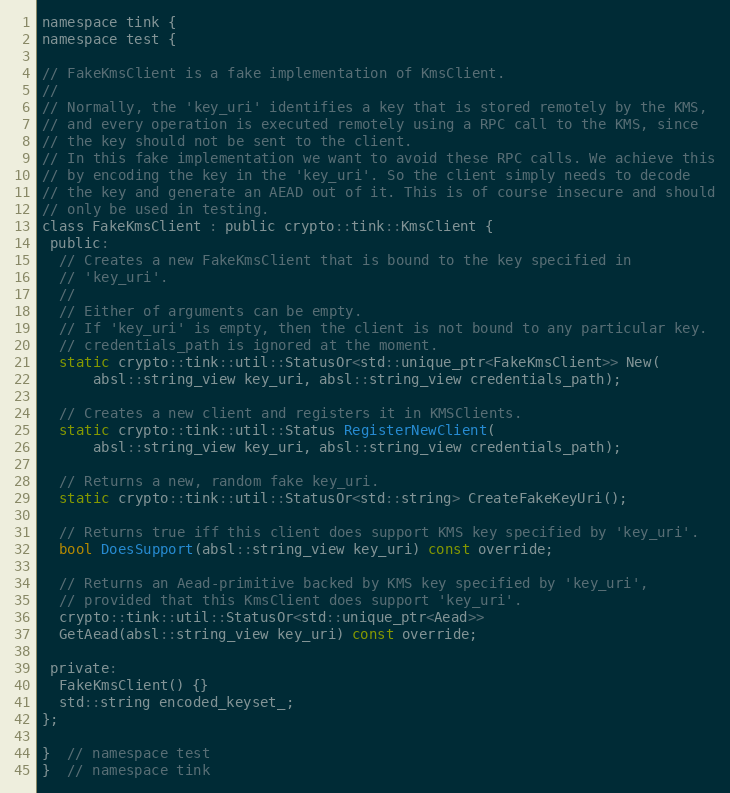
Language: C
namespace tink {
namespace test {

// FakeKmsClient is a fake implementation of KmsClient.
//
// Normally, the 'key_uri' identifies a key that is stored remotely by the KMS,
// and every operation is executed remotely using a RPC call to the KMS, since
// the key should not be sent to the client.
// In this fake implementation we want to avoid these RPC calls. We achieve this
// by encoding the key in the 'key_uri'. So the client simply needs to decode
// the key and generate an AEAD out of it. This is of course insecure and should
// only be used in testing.
class FakeKmsClient : public crypto::tink::KmsClient {
 public:
  // Creates a new FakeKmsClient that is bound to the key specified in
  // 'key_uri'.
  //
  // Either of arguments can be empty.
  // If 'key_uri' is empty, then the client is not bound to any particular key.
  // credentials_path is ignored at the moment.
  static crypto::tink::util::StatusOr<std::unique_ptr<FakeKmsClient>> New(
      absl::string_view key_uri, absl::string_view credentials_path);

  // Creates a new client and registers it in KMSClients.
  static crypto::tink::util::Status RegisterNewClient(
      absl::string_view key_uri, absl::string_view credentials_path);

  // Returns a new, random fake key_uri.
  static crypto::tink::util::StatusOr<std::string> CreateFakeKeyUri();

  // Returns true iff this client does support KMS key specified by 'key_uri'.
  bool DoesSupport(absl::string_view key_uri) const override;

  // Returns an Aead-primitive backed by KMS key specified by 'key_uri',
  // provided that this KmsClient does support 'key_uri'.
  crypto::tink::util::StatusOr<std::unique_ptr<Aead>>
  GetAead(absl::string_view key_uri) const override;

 private:
  FakeKmsClient() {}
  std::string encoded_keyset_;
};

}  // namespace test
}  // namespace tink